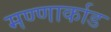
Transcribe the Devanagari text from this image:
मण्णार्काड